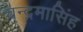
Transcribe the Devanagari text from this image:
चन्द्रमासिंह